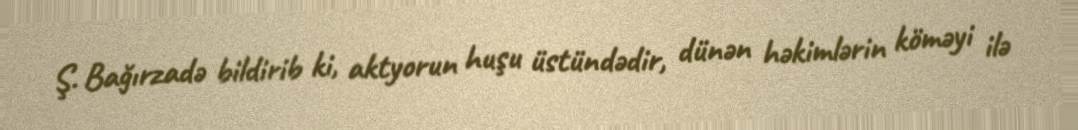
Ş. Bağırzadə bildirib ki, aktyorun huşu üstündədir, dünən həkimlərin köməyi ilə